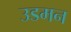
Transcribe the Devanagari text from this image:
उडमन